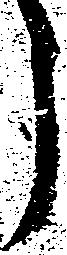
う